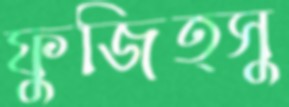
ফুজিত্সু